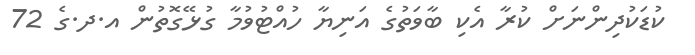
ކުޑަކުދިންނަށް ކުރާ އެކި ބާވަތުގެ އަނިޔާ ހުއްޓުވުމާ ގުޅޭގޮތުން އ.ދ.ގެ 72